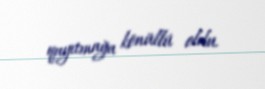
qayıtmağa könüllü oldu.